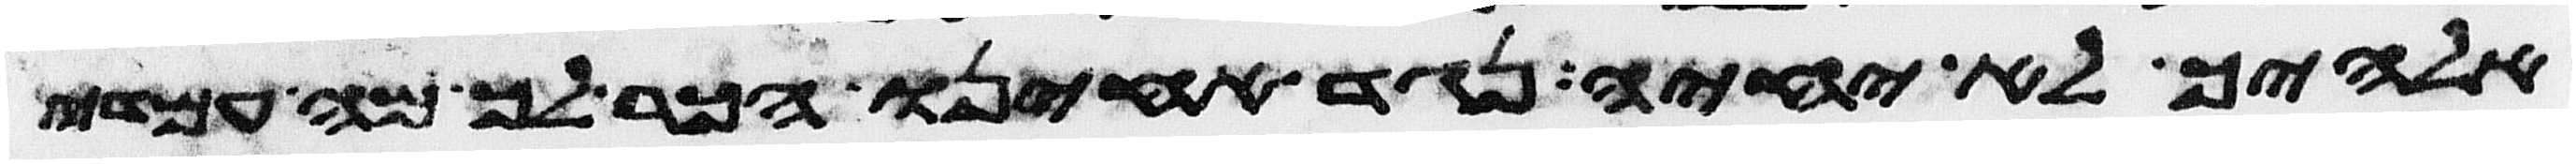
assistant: אלהיך לא יחיה נגד אחינו הכר לך מה עמדי